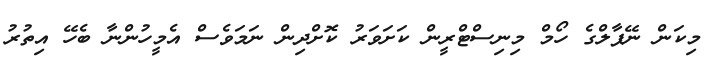
މިކަން ނޭޕާލްގެ ހޯމް މިނިސްޓްރީން ކަށަވަރު ކޮށްދިން ނަމަވެސް އެމީހުންނާ ބެހޭ އިތުރު